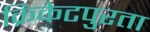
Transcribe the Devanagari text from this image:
क्रिकेटपुरता